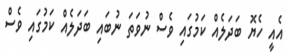
އެއީ ހެޔޮ ބަދަލެއް ކަމުގައި ވެސް ނުވަތަ ނުބައި ބަދަލެއް ކަމުގައި ވެސް